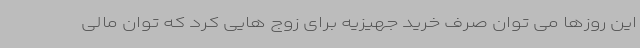
این روزها می توان صرف خرید جهیزیه برای زوج هایی کرد که توان مالی